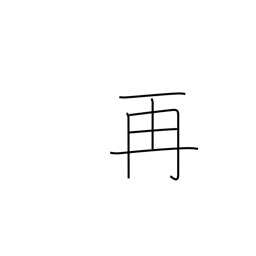
Meaning: twice